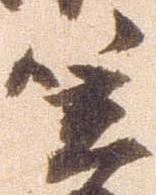
笠